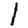
Digit: 1